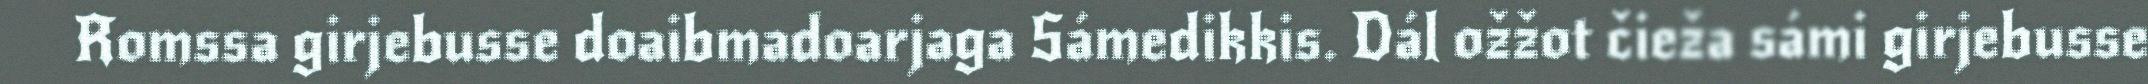
Romssa girjebusse doaibmadoarjaga Sámedikkis. Dál ožžot čieža sámi girjebusse